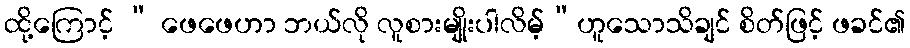
ထို့ကြောင့် “ ဖေဖေဟာ ဘယ်လို လူစားမျိုးပါလိမ့်”ဟူသောသိချင် စိတ်ဖြင့် ဖခင်၏